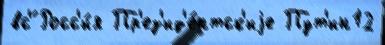
вс'́ Росс'и́я Пр'ез'ид'е́нтск'иjе Пут'ин12